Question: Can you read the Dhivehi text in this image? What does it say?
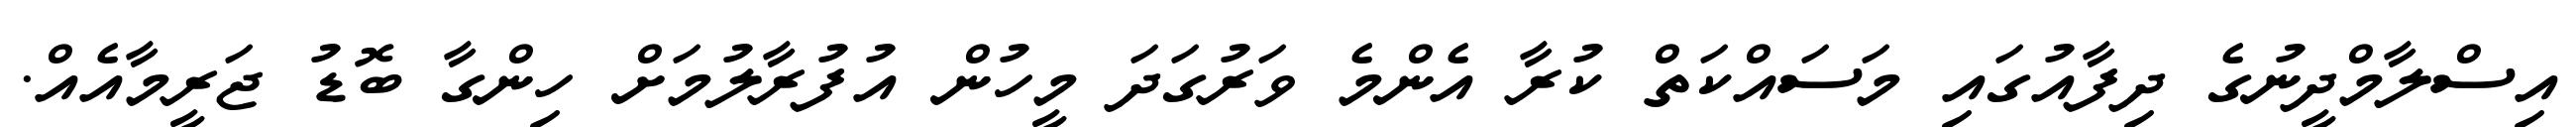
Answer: އިސްލާމްދީނުގެ ދިފާއުގައި މަސައްކަތް ކުރާ އެންމެ ވަރުގަދަ މީހުން އުފުރާލުމަށް ހިންގާ ބޮޑު ޖަރީމާއެއް.